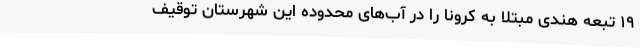
۱۹ تبعه هندی مبتلا به کرونا را در آب‌های محدوده این شهرستان توقیف